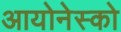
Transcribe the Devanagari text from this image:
आयोनेस्को